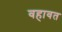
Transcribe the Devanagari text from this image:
वहावत